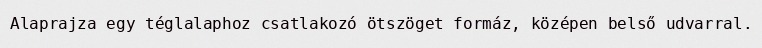
Alaprajza egy téglalaphoz csatlakozó ötszöget formáz, középen belső udvarral.